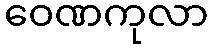
ဝေဏကုလာ